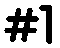
#1